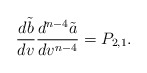
\begin{align*} \frac{d\tilde{b}}{dv}\frac{d^{n-4}\tilde{a}}{dv^{n-4}}=P_{2,1}.\end{align*}